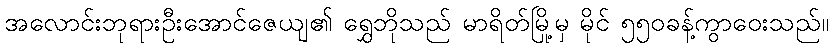
အလောင်းဘုရားဦးအောင်ဇေယျ၏ ရွှေဘိုသည် မာရိတ်မြို့မှ မိုင် ၅၅၀ခန့်ကွာဝေးသည်။